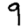
Digit: 9